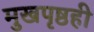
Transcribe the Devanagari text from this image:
मुखपृष्ठही